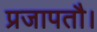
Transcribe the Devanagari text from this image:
प्रजापतौ।